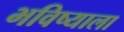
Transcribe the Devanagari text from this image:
भविष्याला